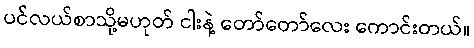
ပင်လယ်စာသို့မဟုတ် ငါးနဲ့ တော်တော်လေး ကောင်းတယ်။